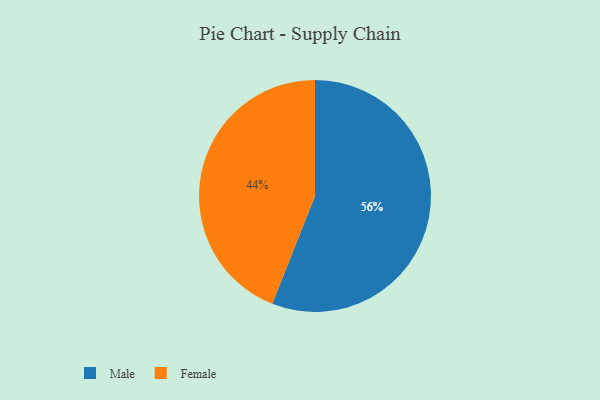
{"axis": {"x": "Category", "y": "Percentage"}, "legend": ["Female", "Male"], "data": [{"x": "Female", "y": 44, "type": "Female"}, {"x": "Male", "y": 56, "type": "Male"}]}